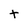
Character: t